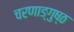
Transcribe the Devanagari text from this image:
चरणाङ्गुष्ठ